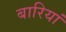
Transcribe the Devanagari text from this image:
बारियां